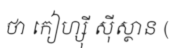
ថា កៀហ្ស៊ី ស៊ីស្ថាន (